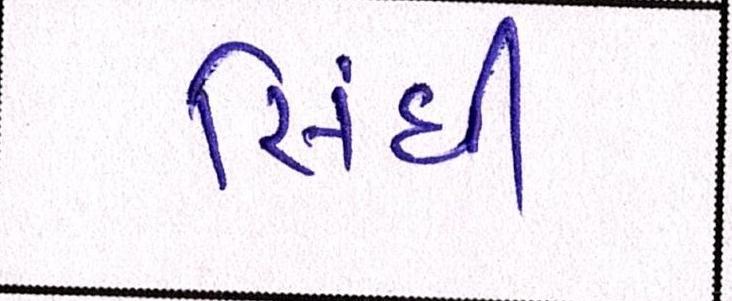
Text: સિંધી